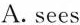
( )2.I_many people on the Great